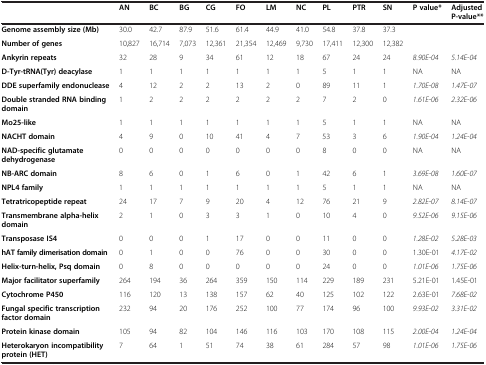
<table><thead><tr><td><b> </b></td><td><b>AN</b></td><td><b>BC</b></td><td><b>BG</b></td><td><b>CG</b></td><td><b>FO</b></td><td><b>LM</b></td><td><b>NC</b></td><td><b>PL</b></td><td><b>PTR</b></td><td><b>SN</b></td><td><b>P value*</b></td><td><b>Adjusted P-value**</b></td></tr></thead><tbody><tr><td><b>Genome assembly size (</b><b>Mb)</b></td><td>30.0</td><td>42.7</td><td>87.9</td><td>51.6</td><td>61.4</td><td>44.9</td><td>41.0</td><td>54.8</td><td>37.8</td><td>37.3</td><td> </td><td> </td></tr><tr><td><b>Number of genes</b></td><td>10,827</td><td>16,714</td><td>7,073</td><td>12,361</td><td>21,354</td><td>12,469</td><td>9,730</td><td>17,411</td><td>12,300</td><td>12,382</td><td> </td><td> </td></tr><tr><td><b>Ankyrin repeats</b></td><td>32</td><td>28</td><td>9</td><td>34</td><td>61</td><td>12</td><td>18</td><td>67</td><td>24</td><td>24</td><td><i>8.90E-04</i></td><td><i>5.14E-04</i></td></tr><tr><td><b>D-Tyr-tRNA(Tyr) deacylase</b></td><td>1</td><td>1</td><td>1</td><td>1</td><td>1</td><td>1</td><td>1</td><td>5</td><td>1</td><td>1</td><td>NA</td><td>NA</td></tr><tr><td><b>DDE superfamily endonuclease</b></td><td>4</td><td>12</td><td>2</td><td>2</td><td>13</td><td>2</td><td>0</td><td>89</td><td>11</td><td>1</td><td><i>1.70E-08</i></td><td><i>1.47E-07</i></td></tr><tr><td><b>Double stranded RNA binding domain</b></td><td>1</td><td>2</td><td>2</td><td>2</td><td>2</td><td>2</td><td>2</td><td>7</td><td>2</td><td>0</td><td><i>1.61E-06</i></td><td><i>2.32E-06</i></td></tr><tr><td><b>Mo25-like</b></td><td>1</td><td>1</td><td>1</td><td>1</td><td>1</td><td>1</td><td>1</td><td>5</td><td>1</td><td>1</td><td>NA</td><td>NA</td></tr><tr><td><b>NACHT domain</b></td><td>4</td><td>9</td><td>0</td><td>10</td><td>41</td><td>4</td><td>7</td><td>53</td><td>3</td><td>6</td><td><i>1.90E-04</i></td><td><i>1.24E-04</i></td></tr><tr><td><b>NAD-specific glutamate dehydrogenase</b></td><td>0</td><td>0</td><td>0</td><td>0</td><td>0</td><td>0</td><td>0</td><td>8</td><td>0</td><td>0</td><td>NA</td><td>NA</td></tr><tr><td><b>NB-ARC domain</b></td><td>8</td><td>6</td><td>0</td><td>1</td><td>6</td><td>0</td><td>1</td><td>42</td><td>6</td><td>1</td><td><i>3.69E-08</i></td><td><i>1.60E-07</i></td></tr><tr><td><b>NPL4 family</b></td><td>1</td><td>1</td><td>1</td><td>1</td><td>1</td><td>1</td><td>1</td><td>5</td><td>1</td><td>1</td><td>NA</td><td>NA</td></tr><tr><td><b>Tetratricopeptide repeat</b></td><td>24</td><td>17</td><td>7</td><td>9</td><td>20</td><td>4</td><td>12</td><td>76</td><td>21</td><td>9</td><td><i>2.82E-07</i></td><td><i>8.14E-07</i></td></tr><tr><td><b>Transmembrane alpha-helix domain</b></td><td>2</td><td>1</td><td>0</td><td>3</td><td>3</td><td>1</td><td>0</td><td>10</td><td>4</td><td>0</td><td><i>9.52E-06</i></td><td><i>9.15E-06</i></td></tr><tr><td><b>Transposase IS4</b></td><td>0</td><td>0</td><td>0</td><td>1</td><td>17</td><td>0</td><td>0</td><td>11</td><td>0</td><td>0</td><td><i>1.28E-02</i></td><td><i>5.28E-03</i></td></tr><tr><td><b>hAT family dimerisation domain</b></td><td>0</td><td>1</td><td>0</td><td>0</td><td>76</td><td>0</td><td>0</td><td>30</td><td>0</td><td>0</td><td>1.30E-01</td><td><i>4.17E-02</i></td></tr><tr><td><b>Helix-turn-helix, Psq domain</b></td><td>0</td><td>8</td><td>0</td><td>0</td><td>0</td><td>0</td><td>0</td><td>24</td><td>0</td><td>0</td><td><i>1.01E-06</i></td><td><i>1.75E-06</i></td></tr><tr><td><b>Major facilitator superfamily</b></td><td>264</td><td>194</td><td>36</td><td>264</td><td>359</td><td>150</td><td>114</td><td>229</td><td>189</td><td>231</td><td>5.21E-01</td><td>1.45E-01</td></tr><tr><td><b>Cytochrome P450</b></td><td>116</td><td>120</td><td>13</td><td>138</td><td>157</td><td>62</td><td>40</td><td>125</td><td>102</td><td>122</td><td>2.63E-01</td><td><i>7.68E-02</i></td></tr><tr><td><b>Fungal specific transcription factor domain</b></td><td>232</td><td>94</td><td>20</td><td>176</td><td>252</td><td>100</td><td>77</td><td>174</td><td>96</td><td>100</td><td><i>9.93E-02</i></td><td><i>3.31E-02</i></td></tr><tr><td><b>Protein kinase domain</b></td><td>105</td><td>94</td><td>82</td><td>104</td><td>146</td><td>116</td><td>103</td><td>170</td><td>108</td><td>115</td><td><i>2.00E-04</i></td><td><i>1.24E-04</i></td></tr><tr><td><b>Heterokaryon incompatibility protein (HET)</b></td><td>7</td><td>64</td><td>1</td><td>51</td><td>74</td><td>38</td><td>61</td><td>284</td><td>57</td><td>98</td><td><i>1.01E-06</i></td><td><i>1.75E-06</i></td></tr></tbody></table>